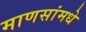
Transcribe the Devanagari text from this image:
माणसांमधे